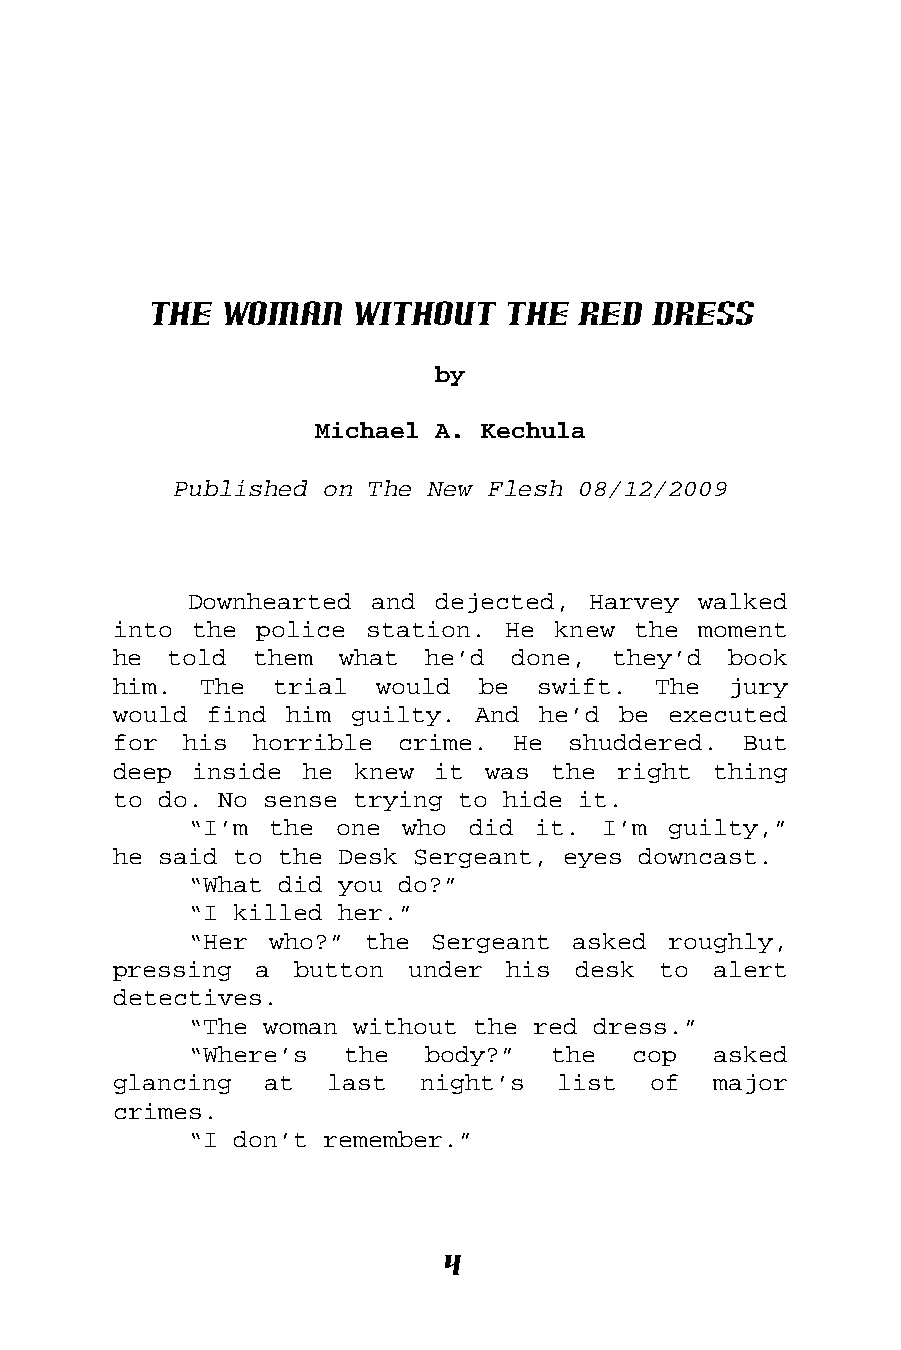
The  Woman    Without   the  Red  Dress
 by
 Michael A. Kechula
 Published on The New Flesh 08/12/2009
 Downhearted and dejected, Harvey  walked
 into the police  station. He knew the  moment
 he  told them  what  he’d done,  they’d  book
 him.  The  trial would  be  swift.  The  jury
 would find him  guilty. And he’d be  executed
 for his  horrible  crime. He  shuddered.  But
 deep inside  he knew it  was the right  thing
 to do. No sense trying to hide it.
 “I’m the  one who did  it. I’m  guilty,”
 he said to the Desk Sergeant, eyes downcast.
 “What did you do?”
 “I killed her.”
 “Her who?”  the Sergeant asked  roughly,
 pressing a  button under  his desk  to  alert
 detectives.
 “The woman without the red dress.”
 “Where’s  the   body?”  the  cop   asked
 glancing  at  last  night’s  list  of   major
 crimes.
 “I don’t remember.”
 4